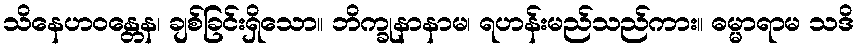
သိနေဟဝန္တေန၊ ချစ်ခြင်းရှိသော။ ဘိက္ခုနာနာမ၊ ရဟန်းမည်သည်ကား။ ဓမ္မာရာမ သဒိ